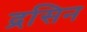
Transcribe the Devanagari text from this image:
द्रसिन